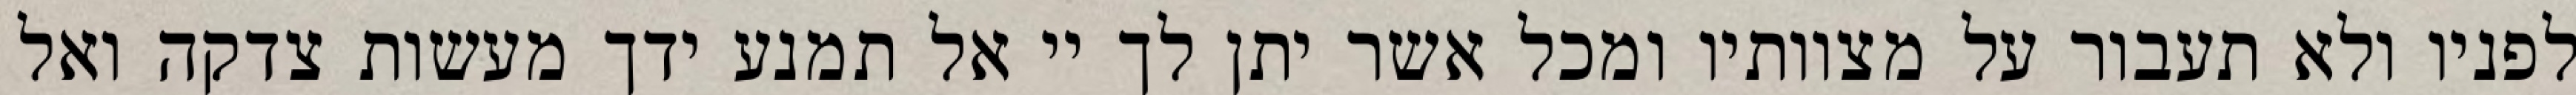
לפניו ולא תעבור על מצוותיו ומכל אשר יתן לך יי אל תמנע ידך מעשות צדקה ואל